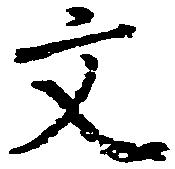
文